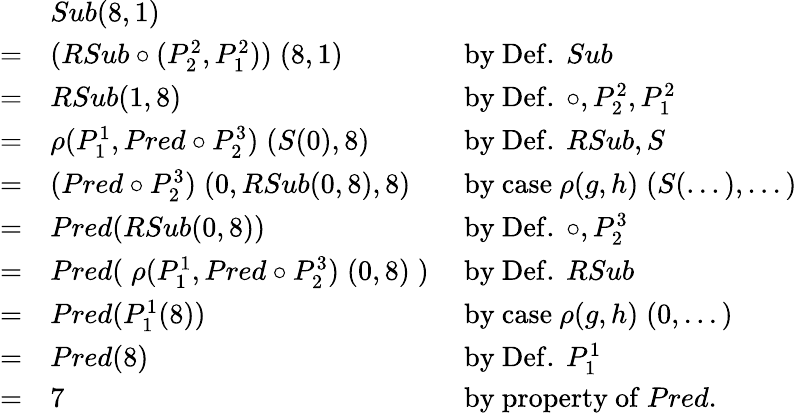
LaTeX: {\begin{array}{lll}&{Sub(8,1)}\\ {=}&{(RSub\circ(P_{2}^{2},P_{1}^{2}))\; (8,1)}&{{\mathrm{~by~Def.~}}Sub}\\ {=}&{RSub(1,8)}&{{\mathrm{~by~Def.~}}\circ,P_{2}^{2},P_{1}^{2}}\\ {=}&{\rho(P_{1}^{1},Pred\circ P_{2}^{3})\; (S(0),8)}&{{\mathrm{~by~Def.~}}RSub,S}\\ {=}&{(Pred\circ P_{2}^{3})\; (0,RSub(0,8),8)}&{{\mathrm{~by~case~}}\rho(g,h)\; (S(...),...)}\\ {=}&{Pred(RSub(0,8))}&{{\mathrm{~by~Def.~}}\circ,P_{2}^{3}}\\ {=}&{Pred(\; \rho(P_{1}^{1},Pred\circ P_{2}^{3})\; (0,8)\; )}&{{\mathrm{~by~Def.~}}RSub}\\ {=}&{Pred(P_{1}^{1}(8))}&{{\mathrm{~by~case~}}\rho(g,h)\; (0,...)}\\ {=}&{Pred(8)}&{{\mathrm{~by~Def.~}}P_{1}^{1}}\\ {=}&{7}&{{\mathrm{~by~property~of~}}Pred.}\end{array}}